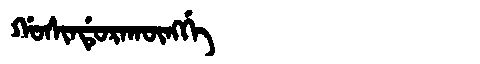
Manchu: ᡤᠣᠰᡳᠨᡩᡠᡵᠠᡴᡡᠩᡤᡝ
Romanization: GOSINDURAKŪNGGE